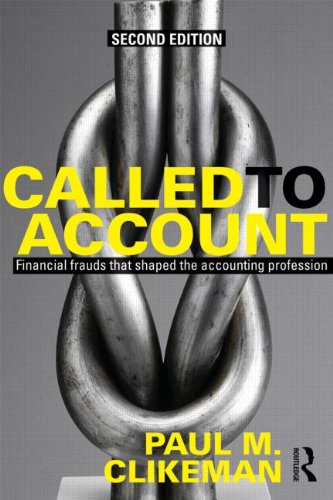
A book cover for Called to Account: Financial Frauds that Shaped the Accounting Profession; Paul M. Clikeman; Business & Money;